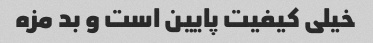
خیلی کیفیت پایین است و بد مزه